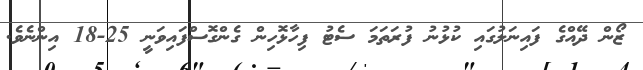
ޒޯން ދޭއްގެ ފައިނަލުގައި ކުޅުނު ފުރަތަމަ ސެޓު ފިހާޅޮހިން ގެންގޮސްފައިވަނީ 25-18 އިންނެވެ.